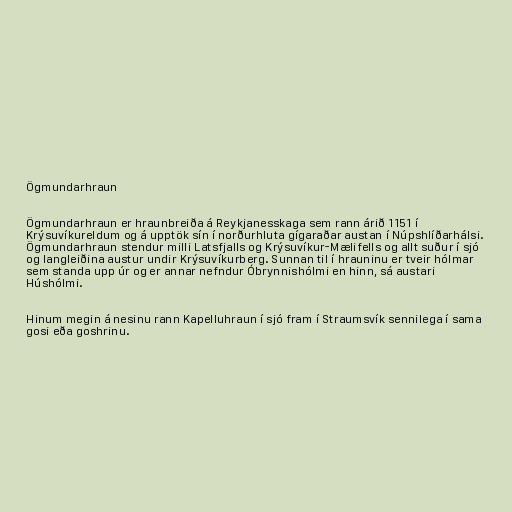
Ögmundarhraun

Ögmundarhraun er hraunbreiða á Reykjanesskaga sem rann árið 1151 í
Krýsuvíkureldum og á upptök sín í norðurhluta gígaraðar austan í Núpshlíðarhálsi.
Ögmundarhraun stendur milli Latsfjalls og Krýsuvíkur-Mælifells og allt suður í sjó
og langleiðina austur undir Krýsuvíkurberg. Sunnan til í hrauninu er tveir hólmar
sem standa upp úr og er annar nefndur Óbrynnishólmi en hinn, sá austari
Húshólmi.

Hinum megin á nesinu rann Kapelluhraun í sjó fram í Straumsvík sennilega í sama
gosi eða goshrinu.